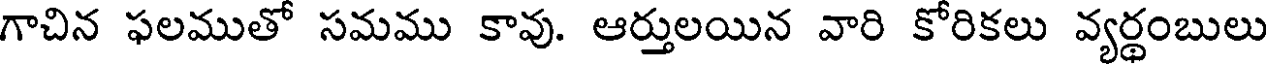
గాచిన ఫలముతో సమము కావు. ఆర్తులయిన వారి కోరికలు వ్యర్థంబులు